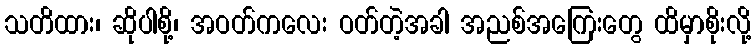
သတိထား၊ ဆိုပါစို့၊ အဝတ်ကလေး ဝတ်တဲ့အခါ အညစ်အကြေးတွေ ထိမှာစိုးလို့